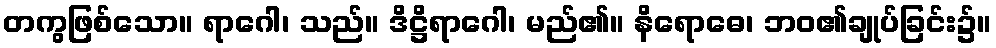
တကွဖြစ်သော။ ရာဂေါ၊ သည်။ ဒိဋ္ဌိရာဂေါ၊ မည်၏။ နိရောဓေ၊ ဘဝ၏ချုပ်ခြင်း၌။